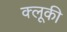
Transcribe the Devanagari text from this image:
क्लूकी